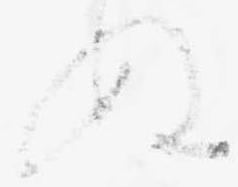
ぬ